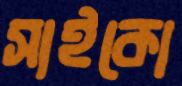
সাইকো